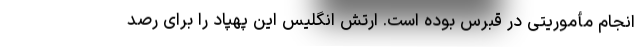
انجام مأموریتی در قبرس بوده است. ارتش انگلیس این پهپاد را برای رصد